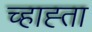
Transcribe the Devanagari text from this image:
च्हाह्ता